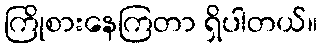
ကြိုစားနေကြတာ ရှိပါတယ်။